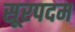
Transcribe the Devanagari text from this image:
सूरपदम